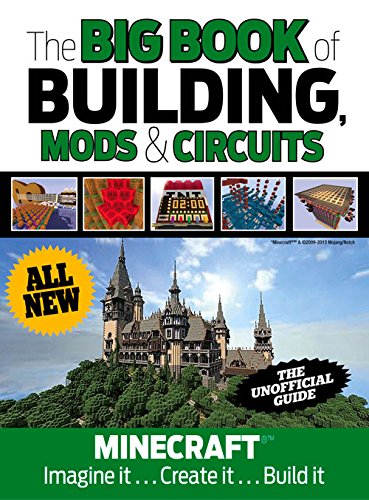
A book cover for The Big Book of Building, Mods & Circuits: MinecraftÂ®EE¢ Imagine It . . . Create It . . . Build It; Triumph Books; Humor & Entertainment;